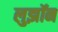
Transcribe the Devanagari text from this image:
लुझॉन